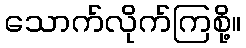
သောက်လိုက်ကြစို့။